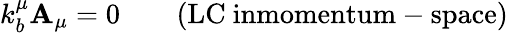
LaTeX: k_{b}^{\mu}\mathbf{A}_{\mu}=0\qquad\mathrm{{(LC~inmomentum-space)}}